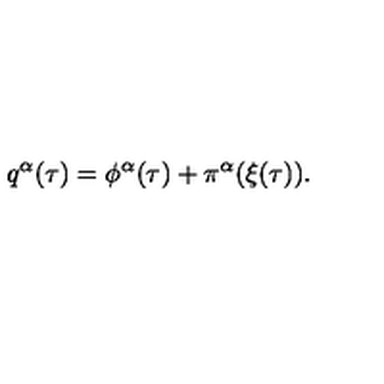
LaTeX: q ^ { \alpha } ( \tau ) = \phi ^ { \alpha } ( \tau ) + \pi ^ { \alpha } ( \xi ( \tau ) ) .